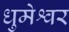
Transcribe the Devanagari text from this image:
धुमेश्वर